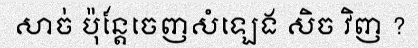
សាច់ ប៉ុន្តែចេញសំឡេង សិច វិញ ?